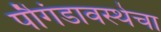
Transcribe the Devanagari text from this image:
पौगंडावस्थेचा